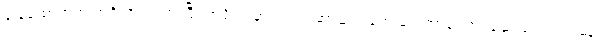
ခြေထောက်က အရိုးအက်သွားပြီး အရိုးထဲမှာလဲ ကင်ဆာဆဲလ်တွေ တွေ့တာကြောင့်ဆေးရုံတတ်တဲ့နေပဲ